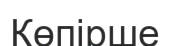
Көпірше